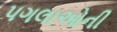
પગલાઓની